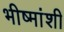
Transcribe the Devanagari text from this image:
भीष्मांशी